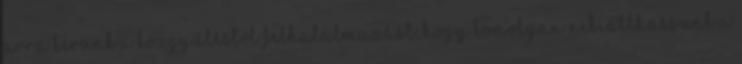
arra kérünk a közgyűléstől felhatalmazást, hogy komolyan nekiállhassunk a